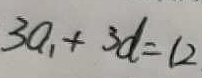
3 a _ { 1 } + 3 d = 1 2